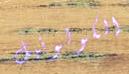
الكولونيل